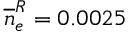
\overline { n } _ { e } ^ { R } = 0 . 0 0 2 5